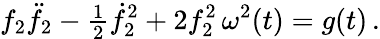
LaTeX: f_{2}\ddot{f}_{2}-{\textstyle\frac{1}{2}}\dot{f}_{2}^{2}+2f_{2}^{2}\, \omega^{2}(t)=g(t)\, .